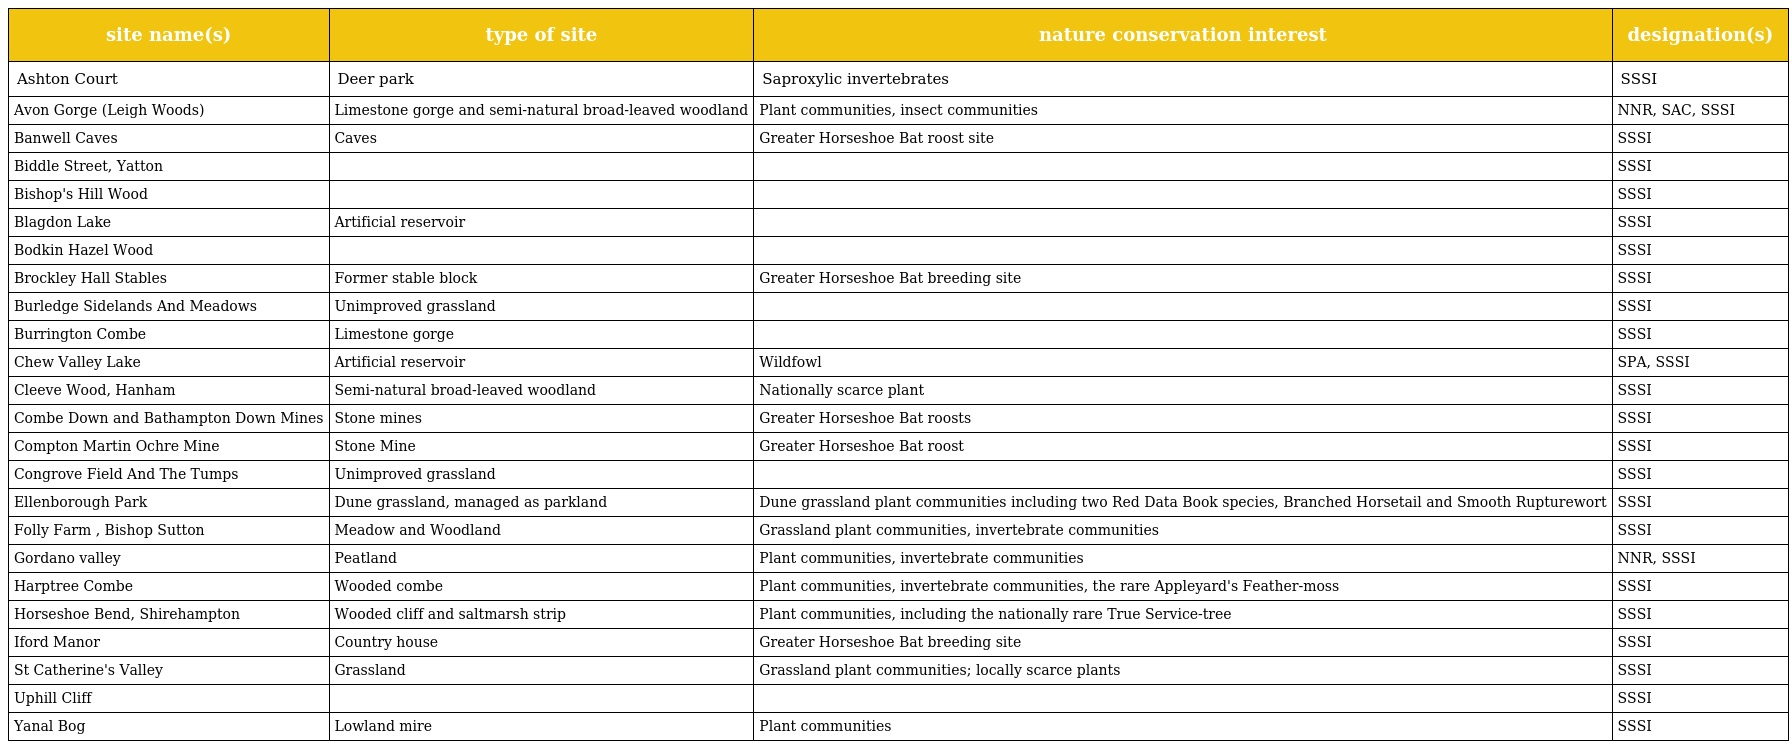
| site name(s) | type of site | nature conservation interest | designation(s) |
 | --- | --- | --- | --- |
 | Ashton Court | Deer park | Saproxylic invertebrates | SSSI |
 | Avon Gorge (Leigh Woods) | Limestone gorge and semi-natural broad-leaved woodland | Plant communities, insect communities | NNR, SAC, SSSI |
 | Banwell Caves | Caves | Greater Horseshoe Bat roost site | SSSI |
 | Biddle Street, Yatton |  |  | SSSI |
 | Bishop's Hill Wood |  |  | SSSI |
 | Blagdon Lake | Artificial reservoir |  | SSSI |
 | Bodkin Hazel Wood |  |  | SSSI |
 | Brockley Hall Stables | Former stable block | Greater Horseshoe Bat breeding site | SSSI |
 | Burledge Sidelands And Meadows | Unimproved grassland |  | SSSI |
 | Burrington Combe | Limestone gorge |  | SSSI |
 | Chew Valley Lake | Artificial reservoir | Wildfowl | SPA, SSSI |
 | Cleeve Wood, Hanham | Semi-natural broad-leaved woodland | Nationally scarce plant | SSSI |
 | Combe Down and Bathampton Down Mines | Stone mines | Greater Horseshoe Bat roosts | SSSI |
 | Compton Martin Ochre Mine | Stone Mine | Greater Horseshoe Bat roost | SSSI |
 | Congrove Field And The Tumps | Unimproved grassland |  | SSSI |
 | Ellenborough Park | Dune grassland, managed as parkland | Dune grassland plant communities including two Red Data Book species, Branched Horsetail and Smooth Rupturewort | SSSI |
 | Folly Farm , Bishop Sutton | Meadow and Woodland | Grassland plant communities, invertebrate communities | SSSI |
 | Gordano valley | Peatland | Plant communities, invertebrate communities | NNR, SSSI |
 | Harptree Combe | Wooded combe | Plant communities, invertebrate communities, the rare Appleyard's Feather-moss | SSSI |
 | Horseshoe Bend, Shirehampton | Wooded cliff and saltmarsh strip | Plant communities, including the nationally rare True Service-tree | SSSI |
 | Iford Manor | Country house | Greater Horseshoe Bat breeding site | SSSI |
 | St Catherine's Valley | Grassland | Grassland plant communities; locally scarce plants | SSSI |
 | Uphill Cliff |  |  | SSSI |
 | Yanal Bog | Lowland mire | Plant communities | SSSI |